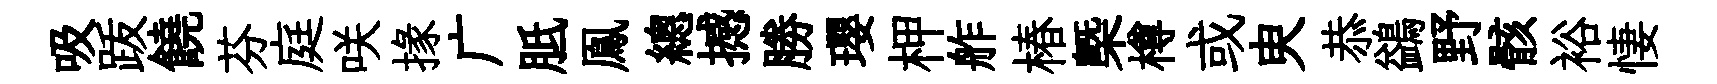
吸䟦饒芬庭咲掾广胝鳯總撼勝瓔柙舴椿㮣樽或㬰恭鷁野骸裕悽